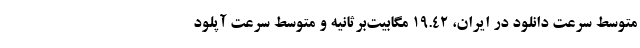
متوسط سرعت دانلود در ایران، ۱۹.۴۲ مگابیت‌برثانیه و متوسط سرعت آپلود